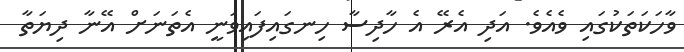
ވާހަކަތަކުގައި ވެއެވެ. އަދި އެރޭ އެ ހާދިސާ ހިނގައިފައިވަނީ އެތަނަށް އޭނާ ދިޔަތާ